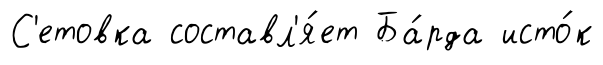
С'етовка составл'я́ет Ба́рда исто́к